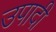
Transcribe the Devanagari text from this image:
उपादी